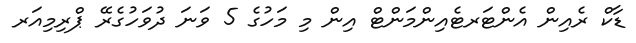
ޑާކް ރެއިން އެންޓަރޓެއިންމަންޓް އިން މި މަހުގެ 5 ވަނަ ދުވަހުގެރޭ ޕްރިމިއަރ